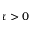
\tau > 0